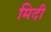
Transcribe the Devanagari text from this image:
मिदी